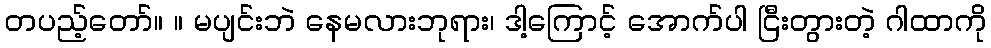
တပည့်တော်။ ။ မပျင်းဘဲ နေမလားဘုရား၊ ဒါ့ကြောင့် အောက်ပါ ငြီးတွားတဲ့ ဂါထာကို